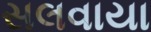
સલવાયા